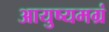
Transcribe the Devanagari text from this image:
आयुष्यमग्रं